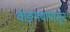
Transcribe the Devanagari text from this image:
वाङ्‌मयापासून